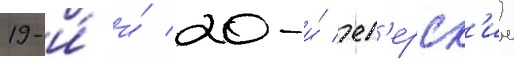
19-и́ и́ 20-и́ ег'ерск'ие